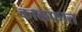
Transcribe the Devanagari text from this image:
काळफात